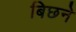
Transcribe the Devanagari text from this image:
बिछने